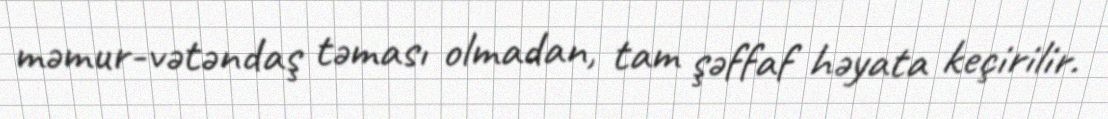
məmur-vətəndaş təması olmadan, tam şəffaf həyata keçirilir.